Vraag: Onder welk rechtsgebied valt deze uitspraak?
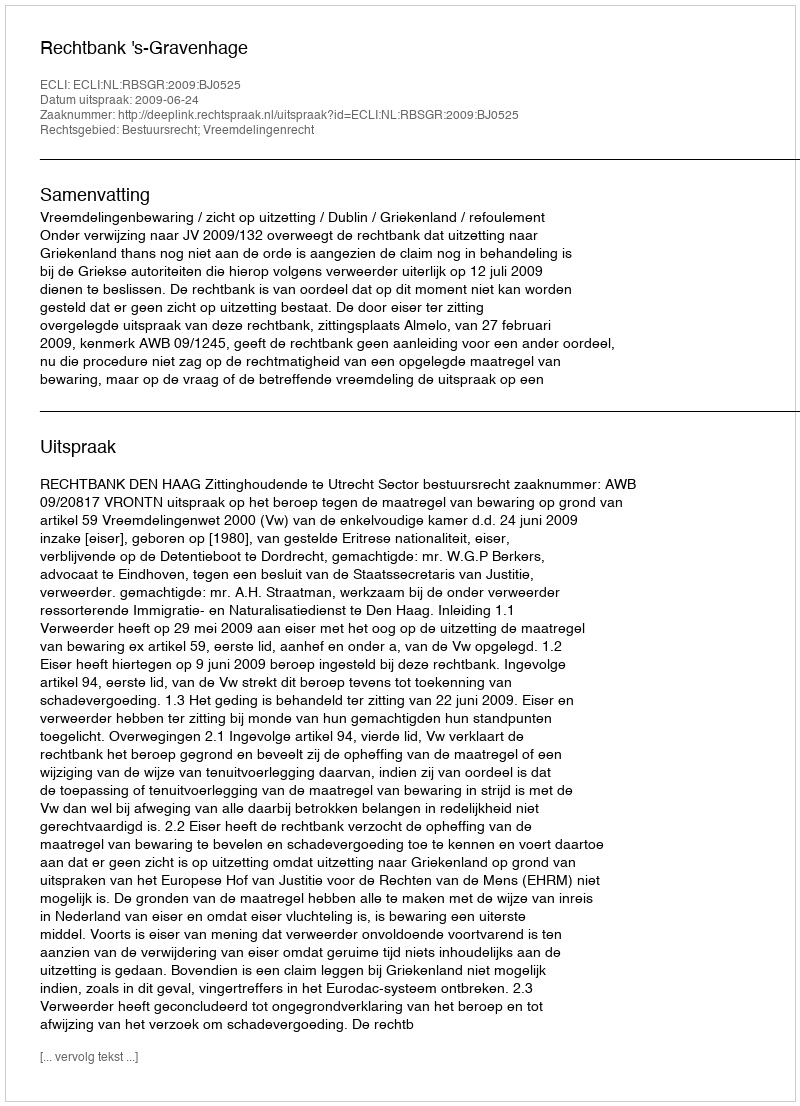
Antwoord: Bestuursrecht; Vreemdelingenrecht